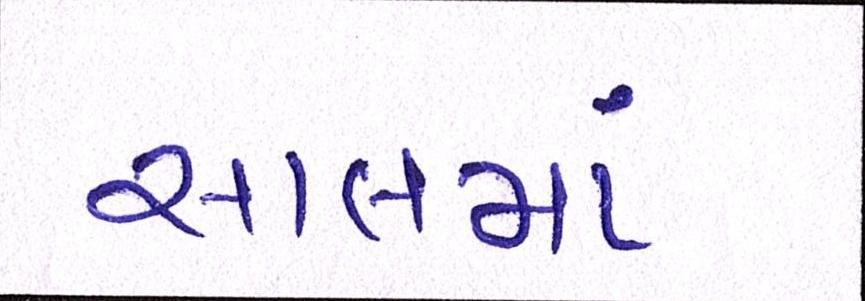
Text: સાલમાં